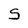
Character: S